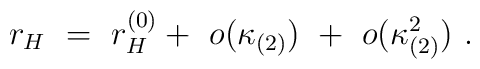
r_H\ =\ r_H^{(0)} +\ o(\kappa_{(2)})\ +\ o(\kappa_{(2)}^2)\ .